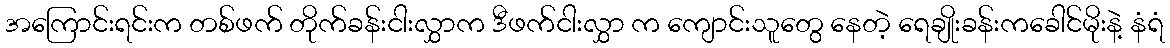
အကြောင်းရင်းက တစ်ဖက် တိုက်ခန်းငါးလွှာက ဒီဖက်ငါးလွှာ က ကျောင်းသူတွေ နေတဲ့ ရေချိုးခန်းကခေါင်မိုးနဲ့ နံရံ